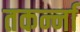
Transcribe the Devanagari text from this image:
तकर्न्ना